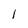
Character: 1